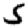
Digit: 5